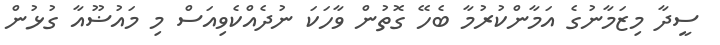
ސީދާ މިޒަމާނުގެ އަމާންކުރުމާ ބެހޭ ގޮތުން ވާހަކަ ނުދެއްކެވިއަސް މި މައުޟޫއާ ގުޅުން